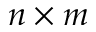
n \times m